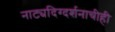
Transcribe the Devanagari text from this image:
नाट्यदिग्दर्शनाचीही